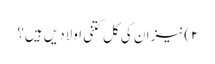
۲)نیز ان کی کل کتنی اولادیں ہیں؟